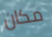
مكان